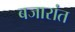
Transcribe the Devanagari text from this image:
बजारांत